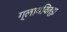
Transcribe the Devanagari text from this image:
ग्लायवित्झ